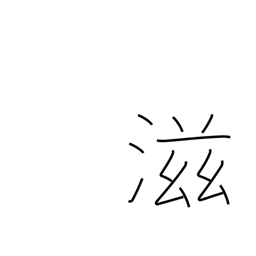
Meaning: more & more